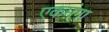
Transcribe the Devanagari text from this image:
एकमंगा